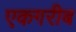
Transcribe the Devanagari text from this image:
एकगरीब